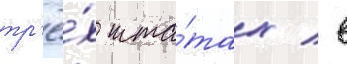
тр'ё́х шта́тах / в